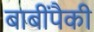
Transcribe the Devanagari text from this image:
बाबींपैकी